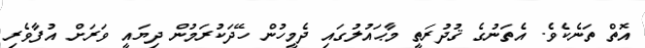
އޮތް ތަނެކެވެ. އެތަނުގެ ޤުދުރަތީ މާޙައުލުގައި ދެމީހުން ހޭދަކުރަމުން ދިޔައީ ވަރަށް އުފާވެރި